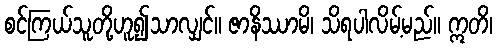
စင်ကြယ်သူတို့ဟူ၍သာလျှင်။ ဇာနိဿာမိ၊ သိရပါလိမ့်မည်။ ဣတိ၊